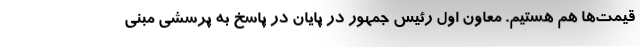
قیمت‌ها هم هستیم. معاون اول رئیس جمهور در پایان در پاسخ به پرسشی مبنی